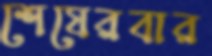
শেষেরবার